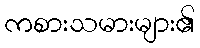
ကစားသမားများ၏